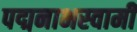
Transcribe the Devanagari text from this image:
पद्मनाभस्‍वामी